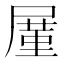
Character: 𪨒